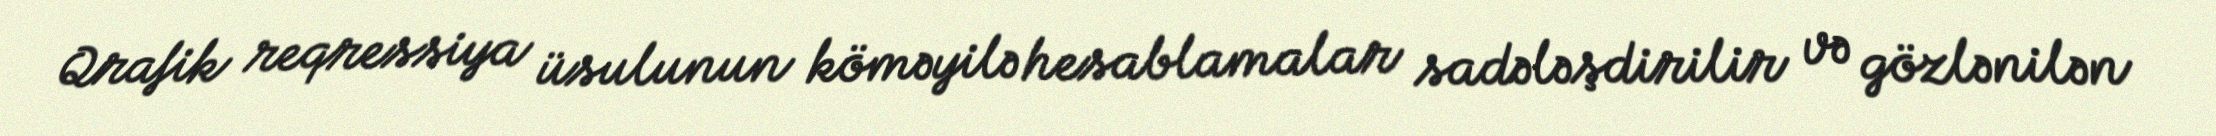
Qrafik reqressiya üsulunun köməyilə hesablamalar sadələşdirilir və gözlənilən